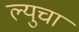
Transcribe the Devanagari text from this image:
ल्युचा